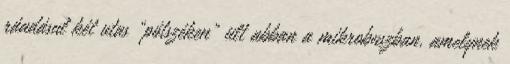
ráadásul két utas „pótszéken” ült abban a mikrobuszban, amelynek